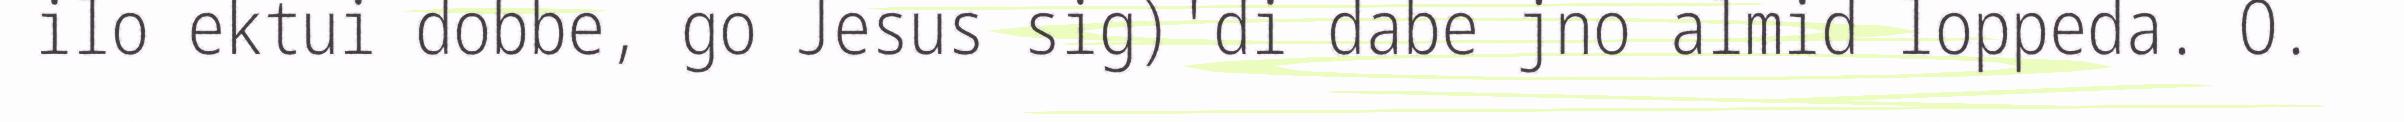
ilo ektui dobbe, go Jesus sig)'di dabe jno almid loppeda. O.